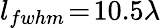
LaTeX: l_{fwhm}\! =\! 10.5\lambda